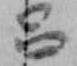
呂